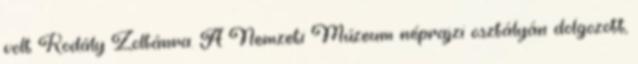
volt Kodály Zoltánra. A Nemzeti Múzeum néprajzi osztályán dolgozott,